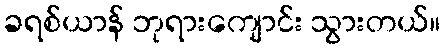
ခရစ်ယာန် ဘုရားကျောင်း သွားတယ်။